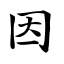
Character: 因